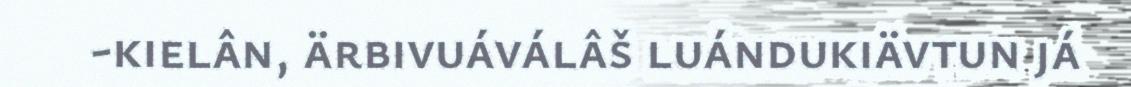
-kielân, ärbivuáválâš luándukiävtun já